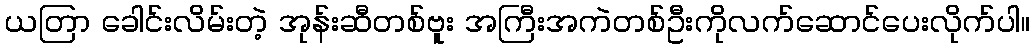
ယတြာ ခေါင်းလိမ်းတဲ့ အုန်းဆီတစ်ဗူး အကြီးအကဲတစ်ဦးကိုလက်ဆောင်ပေးလိုက်ပါ။